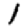
Digit: 1